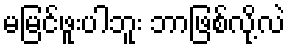
မမြင်ဖူးပါဘူး ဘာဖြစ်လို့လဲ